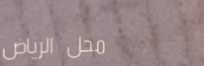
محل الرياض